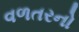
વળતરનો